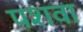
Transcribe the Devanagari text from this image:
पशवा